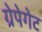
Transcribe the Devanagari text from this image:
ग्रेपेगेट